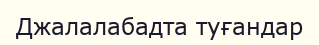
Джалалабадта туғандар